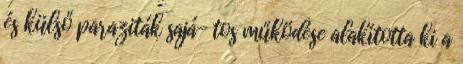
és külső paraziták sajá- tos működése alakította ki a